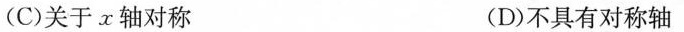
(C)关于x轴对称 (D)不具有对称轴